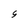
Character: S